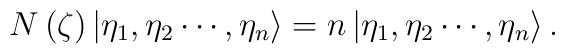
N\left( \zeta \right) \left| \eta _{1},\eta _{2}\cdots ,\eta _{n}\right\rangle =n\left| \eta _{1},\eta _{2}\cdots ,\eta _{n}\right\rangle .